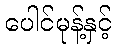
ပေါင်မုန့်နှင့်